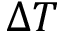
\Delta T